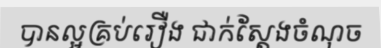
បានល្អគ្រប់រឿង ជាក់ស្តែងចំណុច